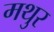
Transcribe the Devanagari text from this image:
मथुर